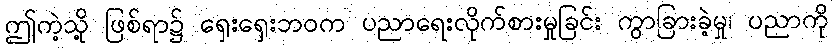
ဤကဲ့သို့ ဖြစ်ရာ၌ ရှေးရှေးဘဝက ပညာရေးလိုက်စားမှုခြင်း ကွာခြားခဲ့မှု၊ ပညာကို